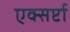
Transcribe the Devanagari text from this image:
एक्सर्प्टा